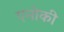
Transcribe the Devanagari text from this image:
एनोकी